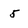
Character: 5